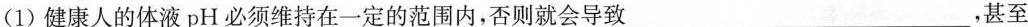
(1)健康人的体液pH必须维持在一定的范围内，否则就会导致___，甚至